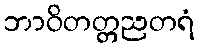
ဘာဝိတတ္တညတရံ